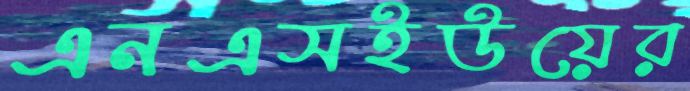
এনএসইউয়ের